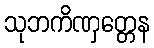
သုဘကိဏှတ္တေန